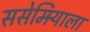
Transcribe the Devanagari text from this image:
ससेमिर्‍याला